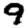
Digit: 9